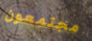
مجتمعون